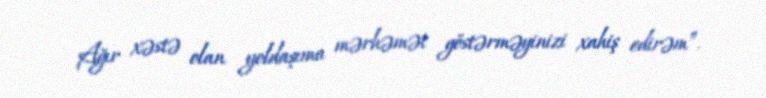
Ağır xəstə olan yoldaşıma mərhəmət göstərməyinizi xahiş edirəm”.